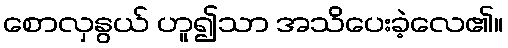
စောလှနွယ် ဟူ၍သာ အသိပေးခဲ့လေ၏။